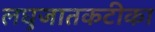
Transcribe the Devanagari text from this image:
लघुजातकटीका